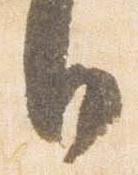
日